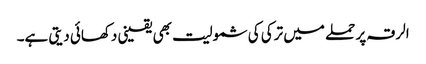
الرقہ پر حملے میں ترکی کی شمولیت بھی یقینی دکھائی دیتی ہے۔